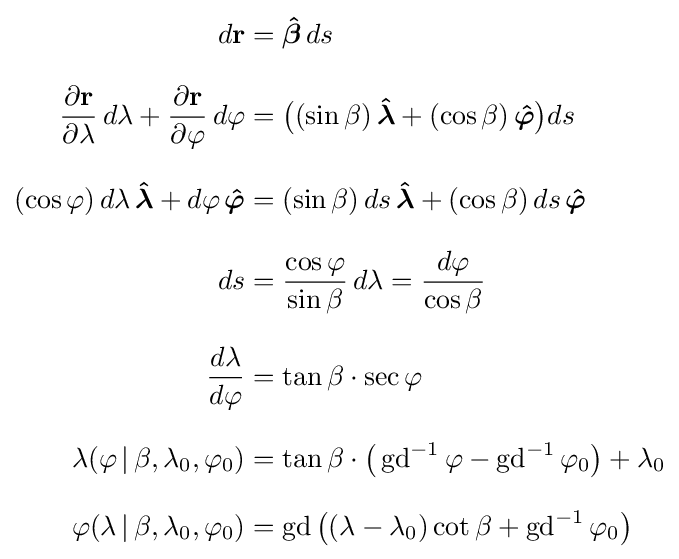
{\begin{aligned}d\mathbf {r} &={\boldsymbol {\hat {\beta }}}\,ds\\[8px]{\frac {\partial \mathbf {r} }{\partial \lambda }}\,d\lambda +{\frac {\partial \mathbf {r} }{\partial \varphi }}\,d\varphi &={\bigl (}(\sin {\beta })\,{\boldsymbol {\hat {\lambda }}}+(\cos {\beta })\,{\boldsymbol {\hat {\varphi }}}{\bigr )}ds\\[8px](\cos {\varphi })\,d\lambda \,{\boldsymbol {\hat {\lambda }}}+d\varphi \,{\boldsymbol {\hat {\varphi }}}&=(\sin {\beta })\,ds\,{\boldsymbol {\hat {\lambda }}}+(\cos {\beta })\,ds\,{\boldsymbol {\hat {\varphi }}}\\[8px]ds&={\frac {\cos {\varphi }}{\sin {\beta }}}\,d\lambda ={\frac {d\varphi }{\cos {\beta }}}\\[8px]{\frac {d\lambda }{d\varphi }}&=\tan {\beta }\cdot \sec {\varphi }\\[8px]\lambda (\varphi \,|\,\beta ,\lambda _{0},\varphi _{0})&=\tan \beta \cdot {\big (}\operatorname {gd} ^{-1}\varphi -\operatorname {gd} ^{-1}\varphi _{0}{\big )}+\lambda _{0}\\[8px]\varphi (\lambda \,|\,\beta ,\lambda _{0},\varphi _{0})&=\operatorname {gd} {\big (}(\lambda -\lambda _{0})\cot \beta +\operatorname {gd} ^{-1}\varphi _{0}{\big )}\end{aligned}}